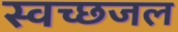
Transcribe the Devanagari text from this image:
स्वच्छजल